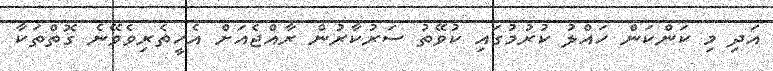
އަދި މި ކަންކަން ހައްލު ކުރުމުގައި ކުވޭތު ސަރުކާރުން ރާއްޖެއަށް އެހީތެރިވެވޭނެ ގޮތްތަކާ